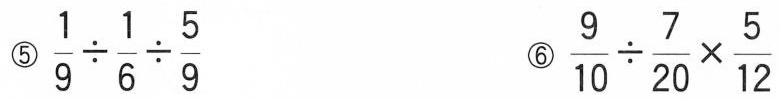
⑤$$\frac{1}{9}\div \frac{1}{6}\div \frac{5}{9}$$ ⑥$$\frac{9}{10}\div \frac{7}{20}\times \frac{5}{12}$$